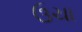
ઉચા